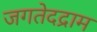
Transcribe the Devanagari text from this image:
जगतेदद्राम